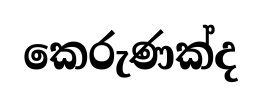
කෙරුණක්ද